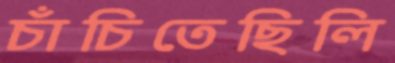
চাঁচিতেছিলি